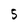
Character: 5